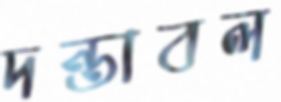
দন্তাবল